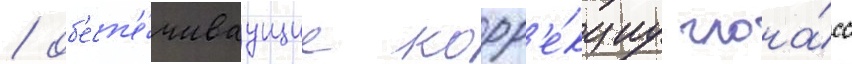
/ об'есп'е́чиваущие корр'е́кциу глона́сс